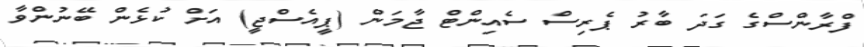
ފްރާންސްގެ ގަދަ ބާރު ޕެރިސް ސެއިންޓް ޖާމަން (ޕީއެސްޖީ) އަށް ކުޅެން ބޭނުންވާ